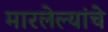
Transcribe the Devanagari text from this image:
मारलेल्यांचे